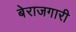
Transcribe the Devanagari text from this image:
बेराजगारी